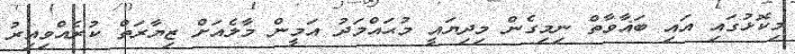
މިކޮޅުގައި އައި ބަޣާވާތް ނިމިގެން މިދިޔައީ މުޙައްމަދު އަމީން މާލެއަށް ޒިޔާރަތް ކުރެއްވިއިރު